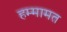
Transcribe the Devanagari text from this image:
हम्मामत